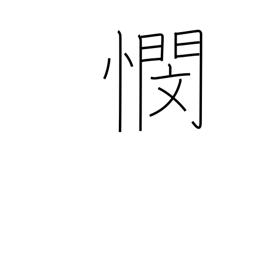
Meaning: anxiety